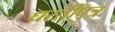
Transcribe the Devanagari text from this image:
धरतीपुत्र